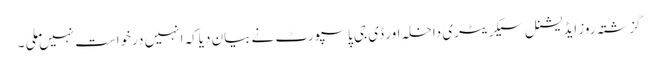
گزشتہ روز ایڈیشنل سیکریٹری داخلہ اور ڈی جی پاسپورٹ نے بیان دیاکہ انہیں درخواست نہیں ملی ۔